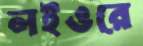
লইওরে